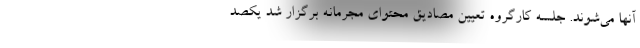
آنها می‌شوند. جلسه کارگروه تعیین مصادیق محتوای مجرمانه برگزار شد یکصد